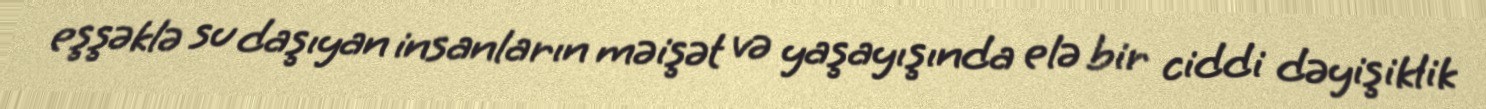
eşşəklə su daşıyan insanların məişət və yaşayışında elə bir ciddi dəyişiklik